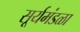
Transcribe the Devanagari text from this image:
सूर्यमंडळा